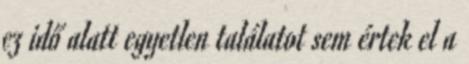
ez idő alatt egyetlen találatot sem értek el a